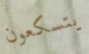
يتسكعون